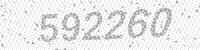
Solution: 592260